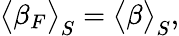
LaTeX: \big<\beta_{F}\big>_{S}=\big<\beta\big>_{S},